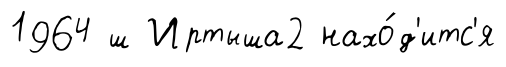
1964 ш Иртыша2 нахо́д'итс'я